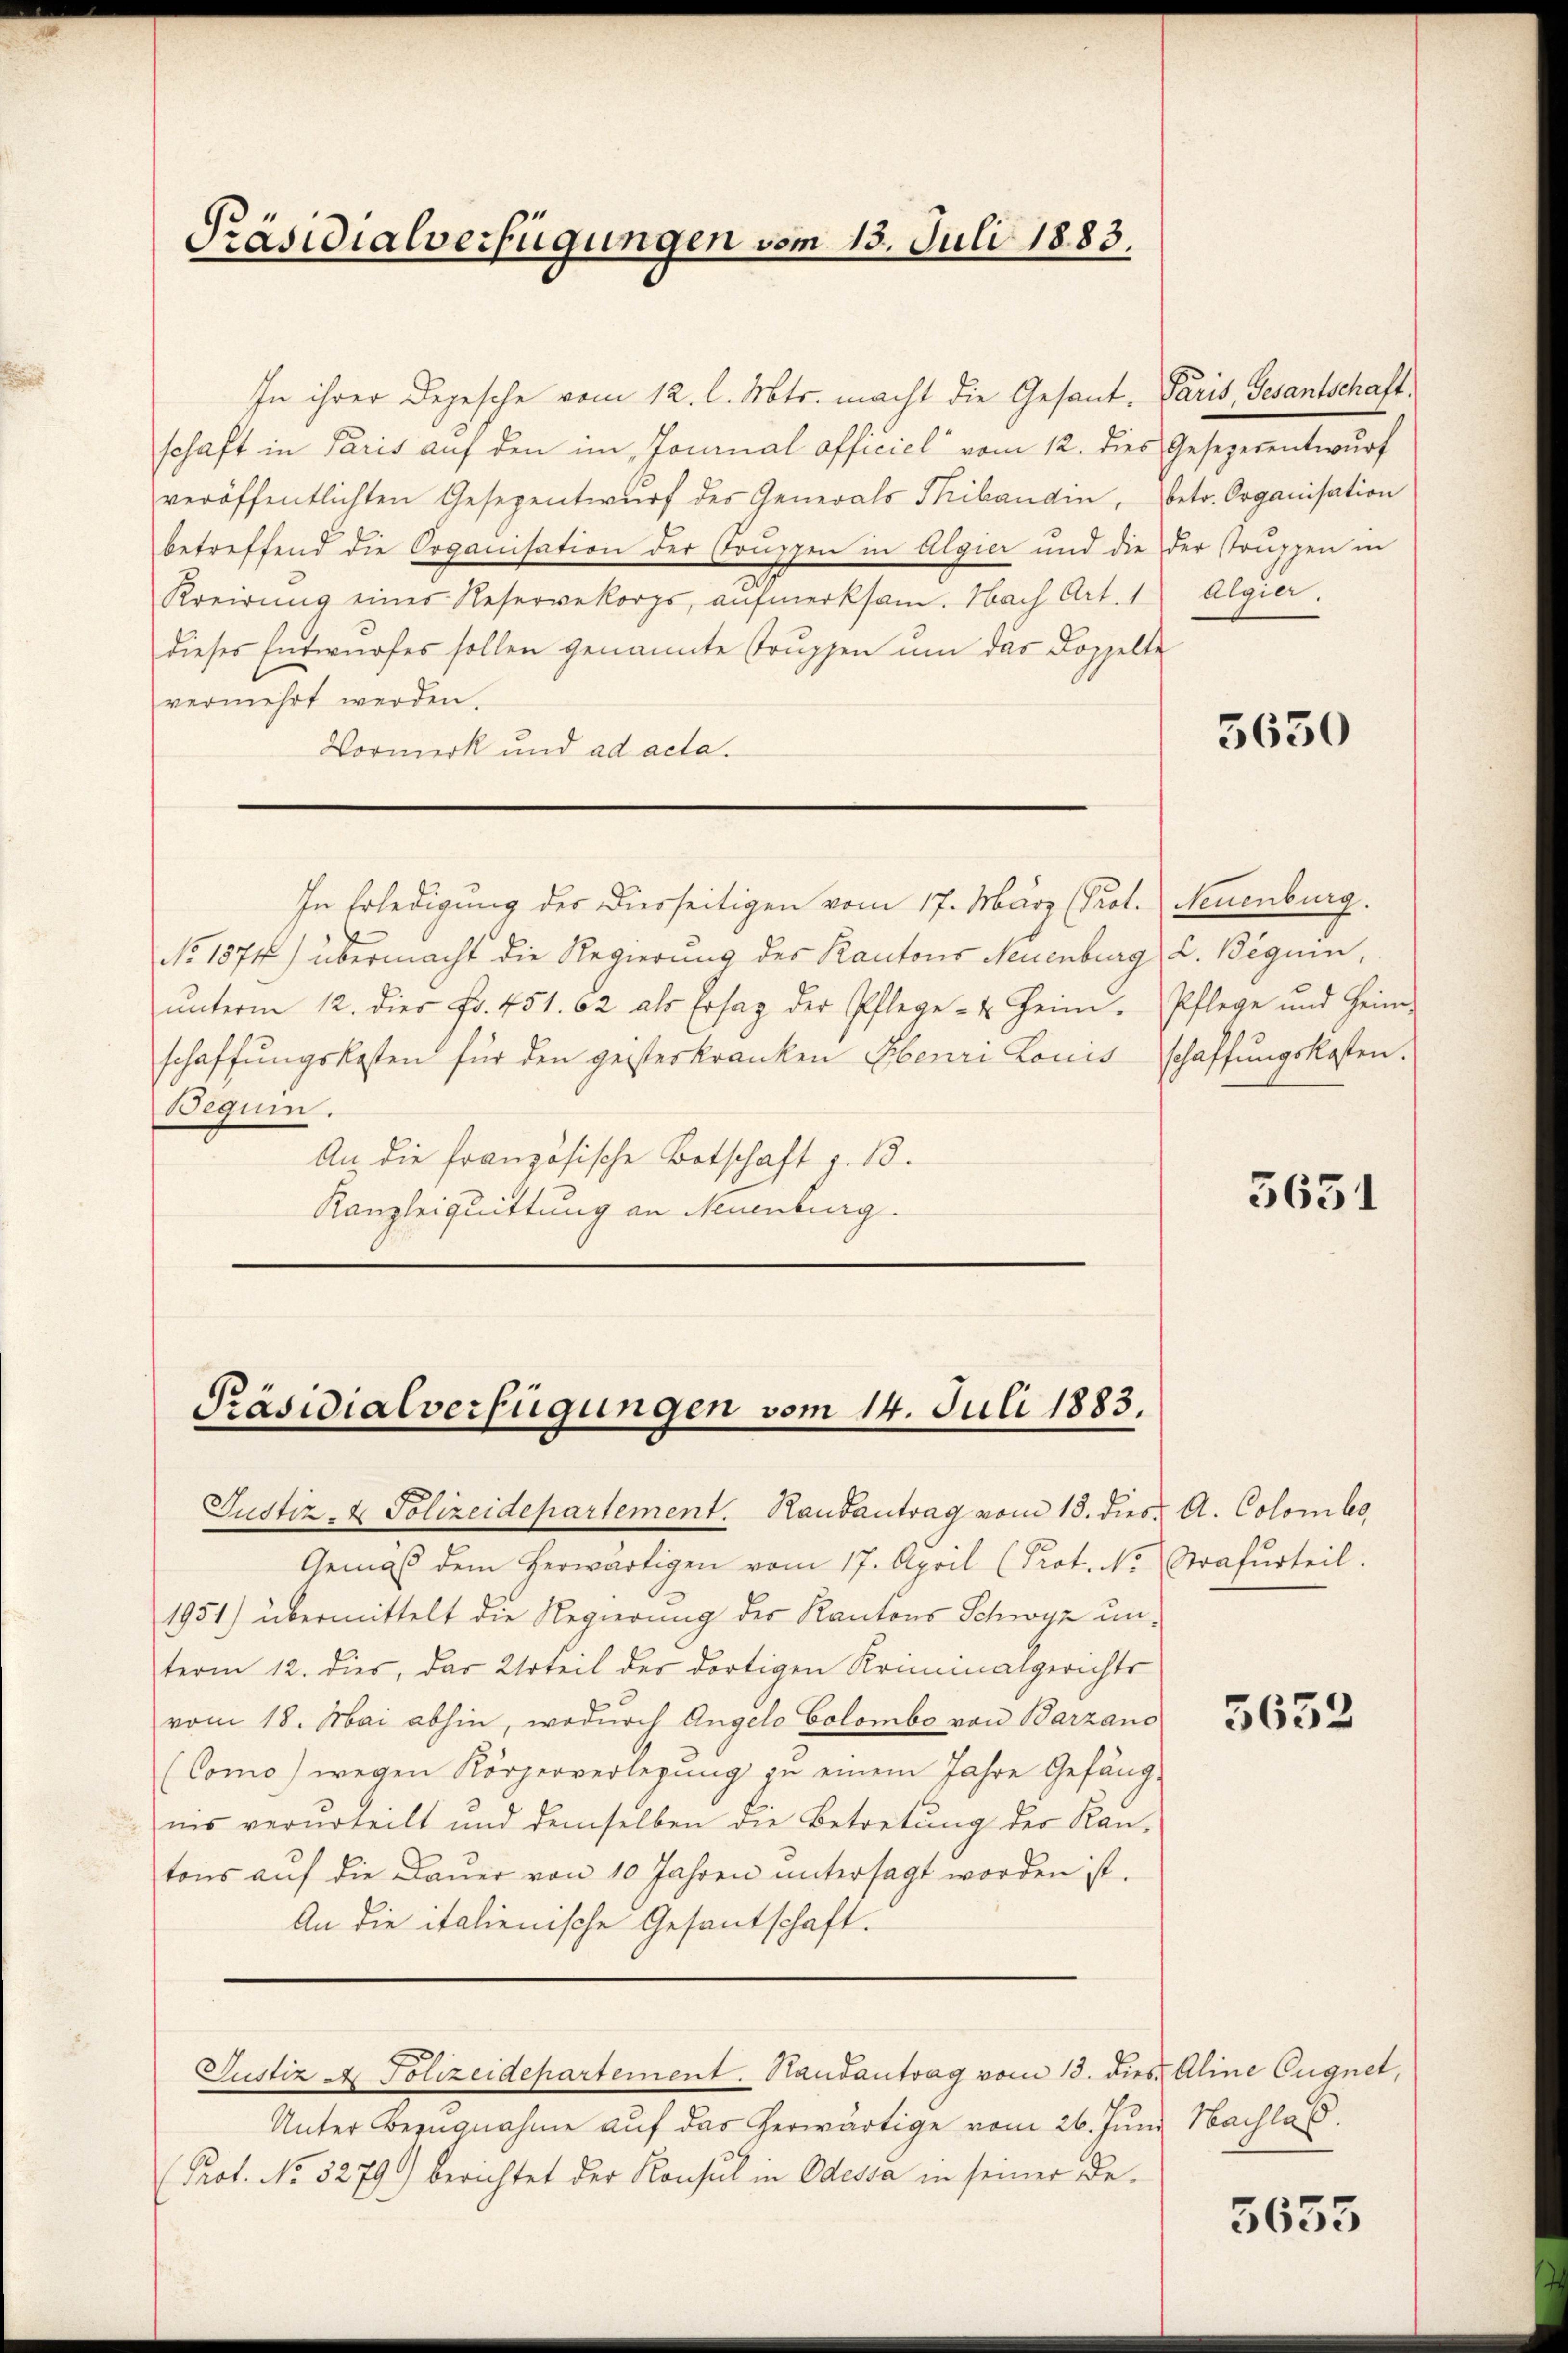
Präsidialverfügungen vom 15. Juli 1883.

In ihrer Depesche vom 12. l. Mts. macht die Gesant, Paris, Gesantschaftschaft in Paris auf den im Journal officiel vom 12. dies Gesezerentwurf
veröffentlichten Gesezentwŭrf des Generals Thibaudin, betr. Organisation
betreffend die Organisation der Struppen in Algier und die der Truppen in
Kreirung eines Reservekorps, aufmerksam. Nach Art. 1 Algier
dieses Entwŭrfes sollen genannte Trŭppen ŭm das Doppelte
vermehrt werden.
Vormerk und ad acta.

In Erledigung der Diesseitigen vom 17. März (Prot. Neuenburg.
No 1874) übermacht die Regierung des Kantons Neuenburg, L. Beguin,
ŭnterm 12. dies Fr. 451. 62 als Ersag der Pflege- u Heim. Pflege und Heim-
schaffungskosten für den geisteskranken Ebenri Louisschaffungskosten.
Beguin.
An die französische Botschaft z. B.
Kanzleiquittung an Neuenburg.

Präsidialverfügungen vom 14. Juli 1883.
Justiz- & Polizeidepartement. Raubantrag vom 13. dies A. Colombo

Gemäss dem herwärtigen vom 17. April (Prot. N. Strafurteil.
1951) übermittelt die Regierung des Kantons Schwyz unterm 12. dies, das Urteil der dortigen Kriminalgerichts
vom 18. Mai abhin, wodurch Angelo Colombe von Barzano
(Como) wegen Körperverlegung zu einem Jahre Gefäng-
nis verurteilt und demselben die Betretung der Kan-
tons aŭf die Baŭer von 10 Jahren ŭntersagt worden ist.
An die italienische Gesantschaft.

Justiz A. Polizeidepartement. Handantrag vom 13. dies Aline Eugnet,

Unter Bezugnahme auf das herwärtige vom 26. Juni Nachlas
(Prot. No. 3279) berichtet der Konsul in Odessa in seiner De¬

5650

5631

5652

5653